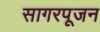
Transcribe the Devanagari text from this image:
सागरपूजन